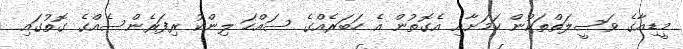
މީޑިއާގެ ވަސީލަތްތަކުން ކަމަށާއި އެގޮތުން އެ ހަބަރެއްގެ ސައްހަ ލިންކު ރިފަރެންސެއްގެ ގޮތުގައި